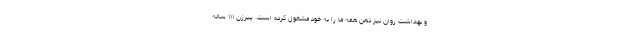
و بهداشت روان نیز ذهن همه ما را به خود مشغول کرده است. پیرزن ۱۱۱ ساله